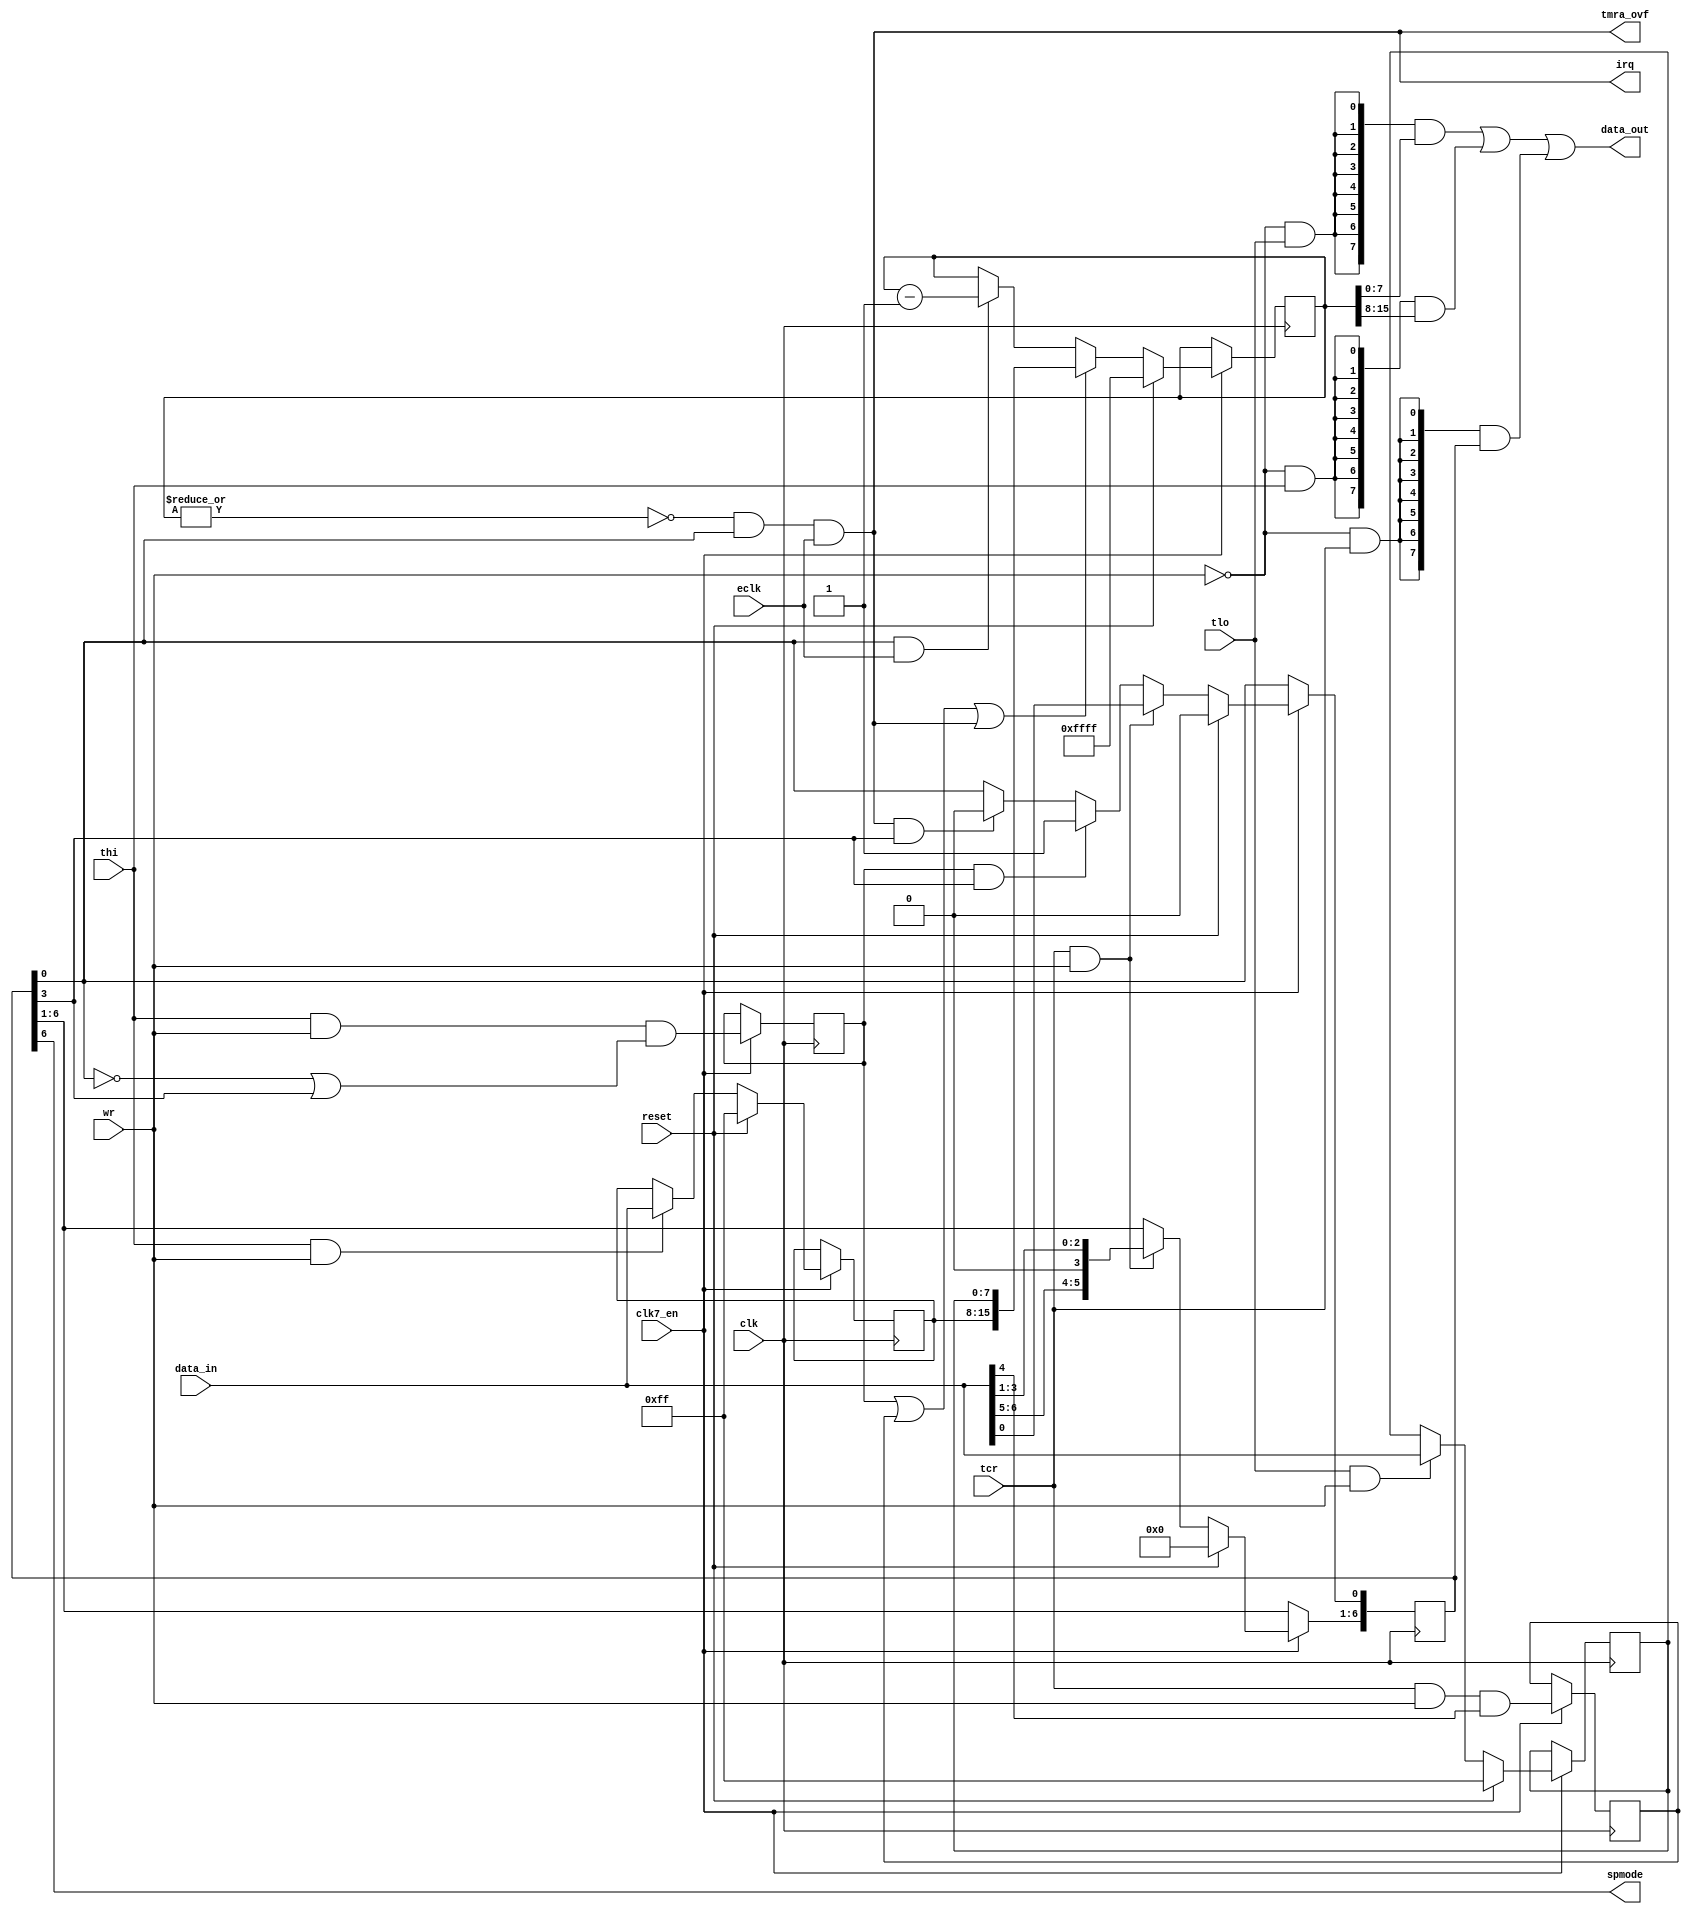
// This program was cloned from: https://github.com/rkrajnc/minimig-mist
// License: GNU General Public License v3.0

module cia_timera
(
  input   clk,            // clock
  input clk7_en,
  input  wr,            // write enable
  input   reset,           // reset
  input   tlo,          // timer low byte select
  input  thi,           // timer high byte select
  input  tcr,          // timer control register
  input   [7:0] data_in,      // bus data in
  output   [7:0] data_out,      // bus data out
  input  eclk,            // count enable
  output  tmra_ovf,        // timer A underflow
  output  spmode,          // serial port mode
  output  irq            // intterupt out
);

reg    [15:0] tmr;        // timer
reg    [7:0] tmlh;        // timer latch high byte
reg    [7:0] tmll;        // timer latch low byte
reg    [6:0] tmcr;        // timer control register
reg    forceload;        // force load strobe
wire  oneshot;        // oneshot mode
wire  start;          // timer start (enable)
reg    thi_load;          // load tmr after writing thi in one-shot mode
wire  reload;          // reload timer counter
wire  zero;          // timer counter is zero
wire  underflow;        // timer is going to underflow
wire  count;          // count enable signal

// count enable signal
assign count = eclk;

// writing timer control register
always @(posedge clk)
  if (clk7_en) begin
    if (reset)  // synchronous reset
      tmcr[6:0] <= 7'd0;
    else if (tcr && wr)  // load control register, bit 4(strobe) is always 0
      tmcr[6:0] <= {data_in[6:5],1'b0,data_in[3:0]};
    else if (thi_load && oneshot)  // start timer if thi is written in one-shot mode
      tmcr[0] <= 1'd1;
    else if (underflow && oneshot) // stop timer in one-shot mode
      tmcr[0] <= 1'd0;
  end

always @(posedge clk)
  if (clk7_en) begin
    forceload <= tcr & wr & data_in[4];  // force load strobe
  end

assign oneshot = tmcr[3];    // oneshot alias
assign start = tmcr[0];      // start alias
assign spmode = tmcr[6];    // serial port mode (0-input, 1-output)

// timer A latches for high and low byte
always @(posedge clk)
  if (clk7_en) begin
    if (reset)
      tmll[7:0] <= 8'b1111_1111;
    else if (tlo && wr)
      tmll[7:0] <= data_in[7:0];
  end

always @(posedge clk)
  if (clk7_en) begin
    if (reset)
      tmlh[7:0] <= 8'b1111_1111;
    else if (thi && wr)
      tmlh[7:0] <= data_in[7:0];
  end

// thi is written in one-shot mode so tmr must be reloaded
always @(posedge clk)
  if (clk7_en) begin
    thi_load <= thi & wr & (~start | oneshot);
  end

// timer counter reload signal
assign reload = thi_load | forceload | underflow;

// timer counter
always @(posedge clk)
  if (clk7_en) begin
    if (reset)
      tmr[15:0] <= 16'hFF_FF;
    else if (reload)
      tmr[15:0] <= {tmlh[7:0],tmll[7:0]};
    else if (start && count)
      tmr[15:0] <= tmr[15:0] - 16'd1;
  end

// timer counter equals zero
assign zero = ~|tmr;

// timer counter is going to underflow
assign underflow = zero & start & count;

// Timer A underflow signal for Timer B
assign tmra_ovf = underflow;

// timer underflow interrupt request
assign irq = underflow;

// data output
assign data_out[7:0] = ({8{~wr&tlo}} & tmr[7:0])
          | ({8{~wr&thi}} & tmr[15:8])
          | ({8{~wr&tcr}} & {1'b0,tmcr[6:0]});


endmodule